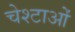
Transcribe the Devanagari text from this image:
चेश्टाओं